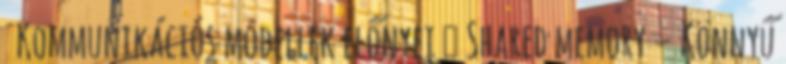
Kommunikációs modellek előnyei ● Shared memory – Könnyű